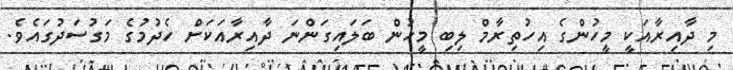
މި ދާއިރާއަކީ މީހުންގެ އިހުތިރާމް ލިބި މީހުން ބަލައިގަންނަ ދާއިރާއަކަށް ހެދުމުގެ މަގުސަދުގައެވެ.